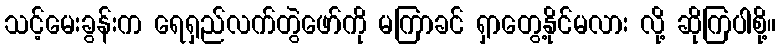
သင့်မေးခွန်းက ရေရှည်လက်တွဲဖော်ကို မကြာခင် ရှာတွေ့နိုင်မလား လို့ ဆိုကြပါစို့။